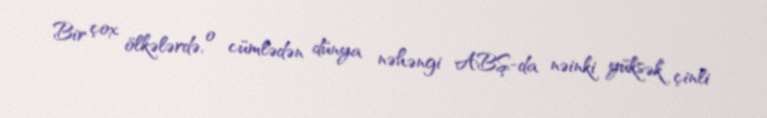
Bir çox ölkələrdə, o cümlədən dünya nəhəngi ABŞ-da nəinki yüksək çinli